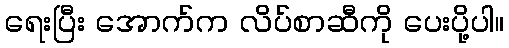
ရေးပြီး အောက်က လိပ်စာဆီကို ပေးပို့ပါ။